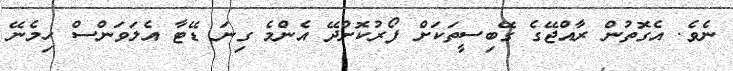
ނެވެ. އެގޮތުން ރާއްޖޭގެ ގޭބިސީތަކަށް ފޯރުކޮށްދޭ އެންމެ ގިނަ ޑޭޓާ އެލަވަންސް ހިމެނޭ